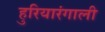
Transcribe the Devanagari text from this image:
हुरियारंगाली